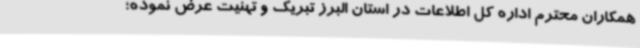
همکاران محترم اداره کل اطلاعات در استان البرز تبریک و تهنیت عرض نموده؛